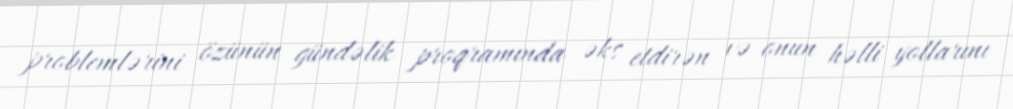
problemlərini özünün gündəlik proqramında əks etdirən və onun həlli yollarını